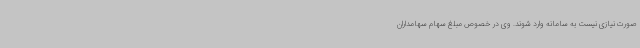
صورت نیازی نیست به سامانه وارد شوند. وی در خصوص مبلغ سهام سهامداران